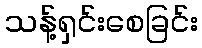
သန့်ရှင်းစေခြင်း